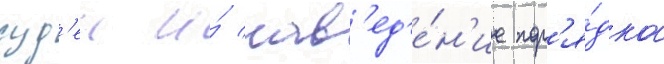
суд'еи и́ нав'ед'е́н'ие пор'я́дка